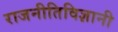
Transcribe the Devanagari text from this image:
राजनीतिविज्ञानी